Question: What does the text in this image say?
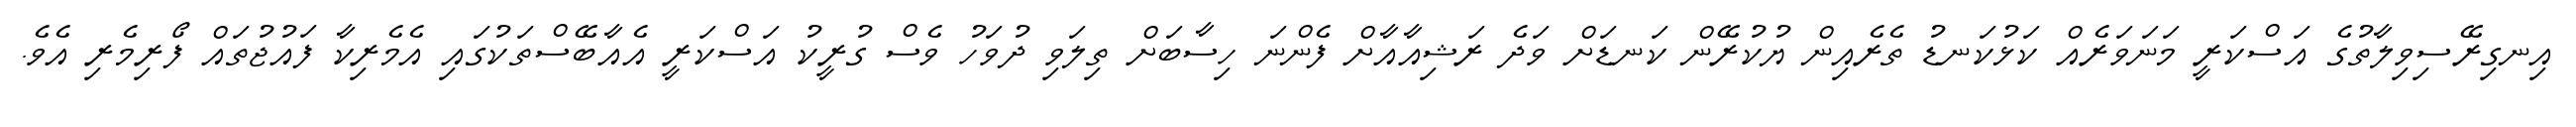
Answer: އިނގިރޭސިވިލާތުގެ އަސްކަރީ މަނަވަރެއް ކަޅުކަނޑު ތެރެއިން ޔުކުރޭން ކަނޑަށް ވަދެ ރަޝިއާއާށް ފެންނަ ހިސާބަށް ތިލަވި ދުވަހު ވެސް ގުރީކު އަސްކަރީ އެއާބޭސްތަކުގައި އެމެރިކާ ފައުޖުތައް ފޯރިމެރި އެވެ.